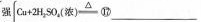
强$$Cu + 2 H_{2} S O_{4}(浓)\xlongequal{△}$$⑰___